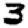
Digit: 3